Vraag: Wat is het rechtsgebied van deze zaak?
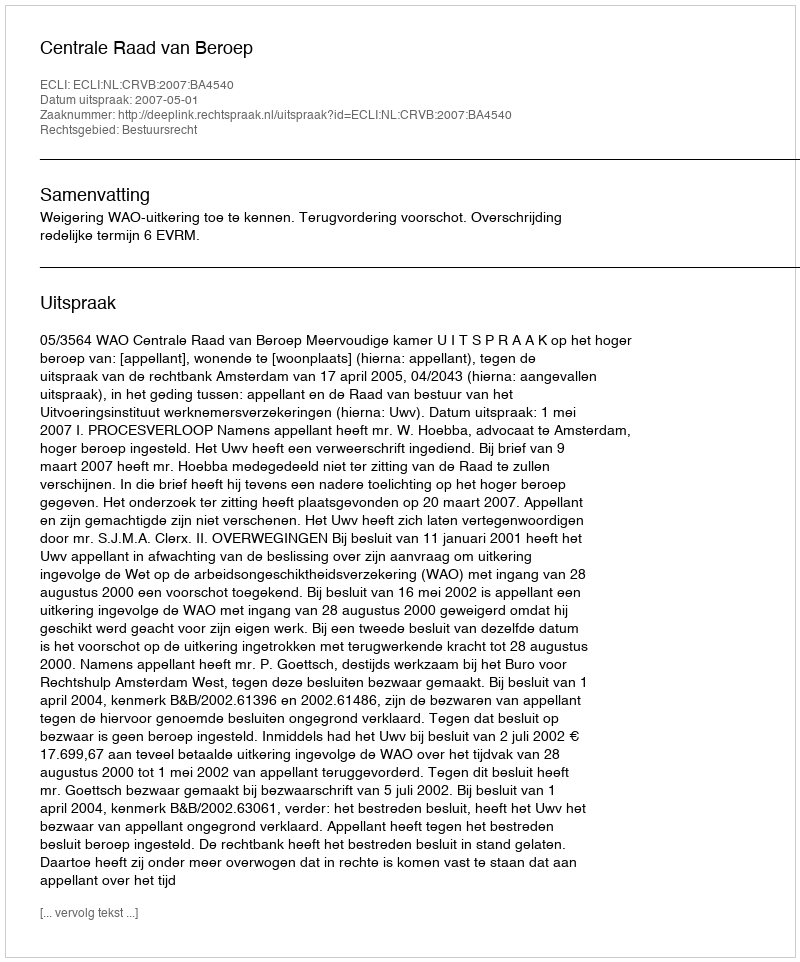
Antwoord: Bestuursrecht